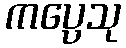
ကပ္ပေသု